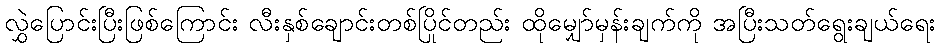
လွှဲပြောင်းပြီးဖြစ်ကြောင်း လီးနှစ်ချောင်းတစ်ပြိုင်တည်း ထိုမျှော်မှန်းချက်ကို အပြီးသတ်ရွေးချယ်ရေး